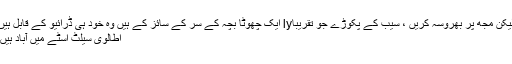
لیکن مجھ پر بھروسہ کریں ، سیب کے پکوڑے جو تقریباly ایک چھوٹا بچہ کے سر کے سائز کے ہیں وہ خود ہی ڈرائیو کے قابل ہیں
اطالوی سیلٹ اسٹے میں آباد ہیں۔